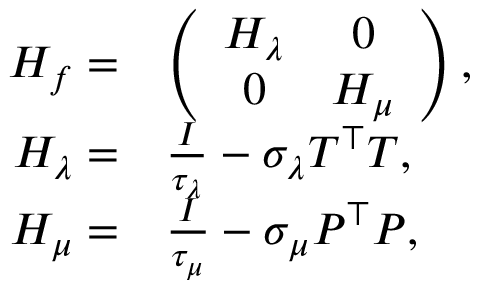
\begin{array} { r l } { H _ { f } = } & { \left( \begin{array} { c c } { H _ { \lambda } } & { 0 } \\ { 0 } & { H _ { \mu } } \end{array} \right) , } \\ { H _ { \lambda } = } & { \frac { I } { \tau _ { \lambda } } - \sigma _ { \lambda } T ^ { \top } T , } \\ { H _ { \mu } = } & { \frac { I } { \tau _ { \mu } } - \sigma _ { \mu } P ^ { \top } P , } \end{array}